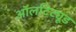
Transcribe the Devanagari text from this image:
ऑलटिट्यूड